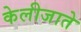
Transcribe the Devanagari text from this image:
केलीजाते